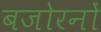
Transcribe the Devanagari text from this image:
बजोरनों